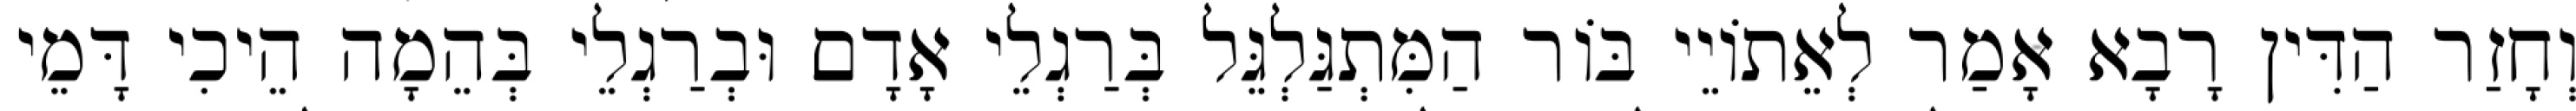
וְחָזַר הַדִּין רָבָא אָמַר לְאֵתוֹיֵי בּוֹר הַמִּתְגַּלְגֵּל בְּרַגְלֵי אָדָם וּבְרַגְלֵי בְּהֵמָה הֵיכִי דָּמֵי